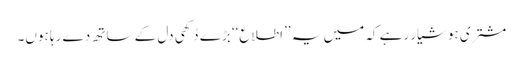
مشتری ہوشیار رہے کہ میں یہ ’’اطلاع‘‘ بڑے دُکھی دل کے ساتھ دے رہا ہوں۔